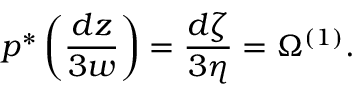
p ^ { * } \left( \frac { d z } { 3 w } \right) = \frac { d \zeta } { 3 \eta } = \Omega ^ { ( 1 ) } .